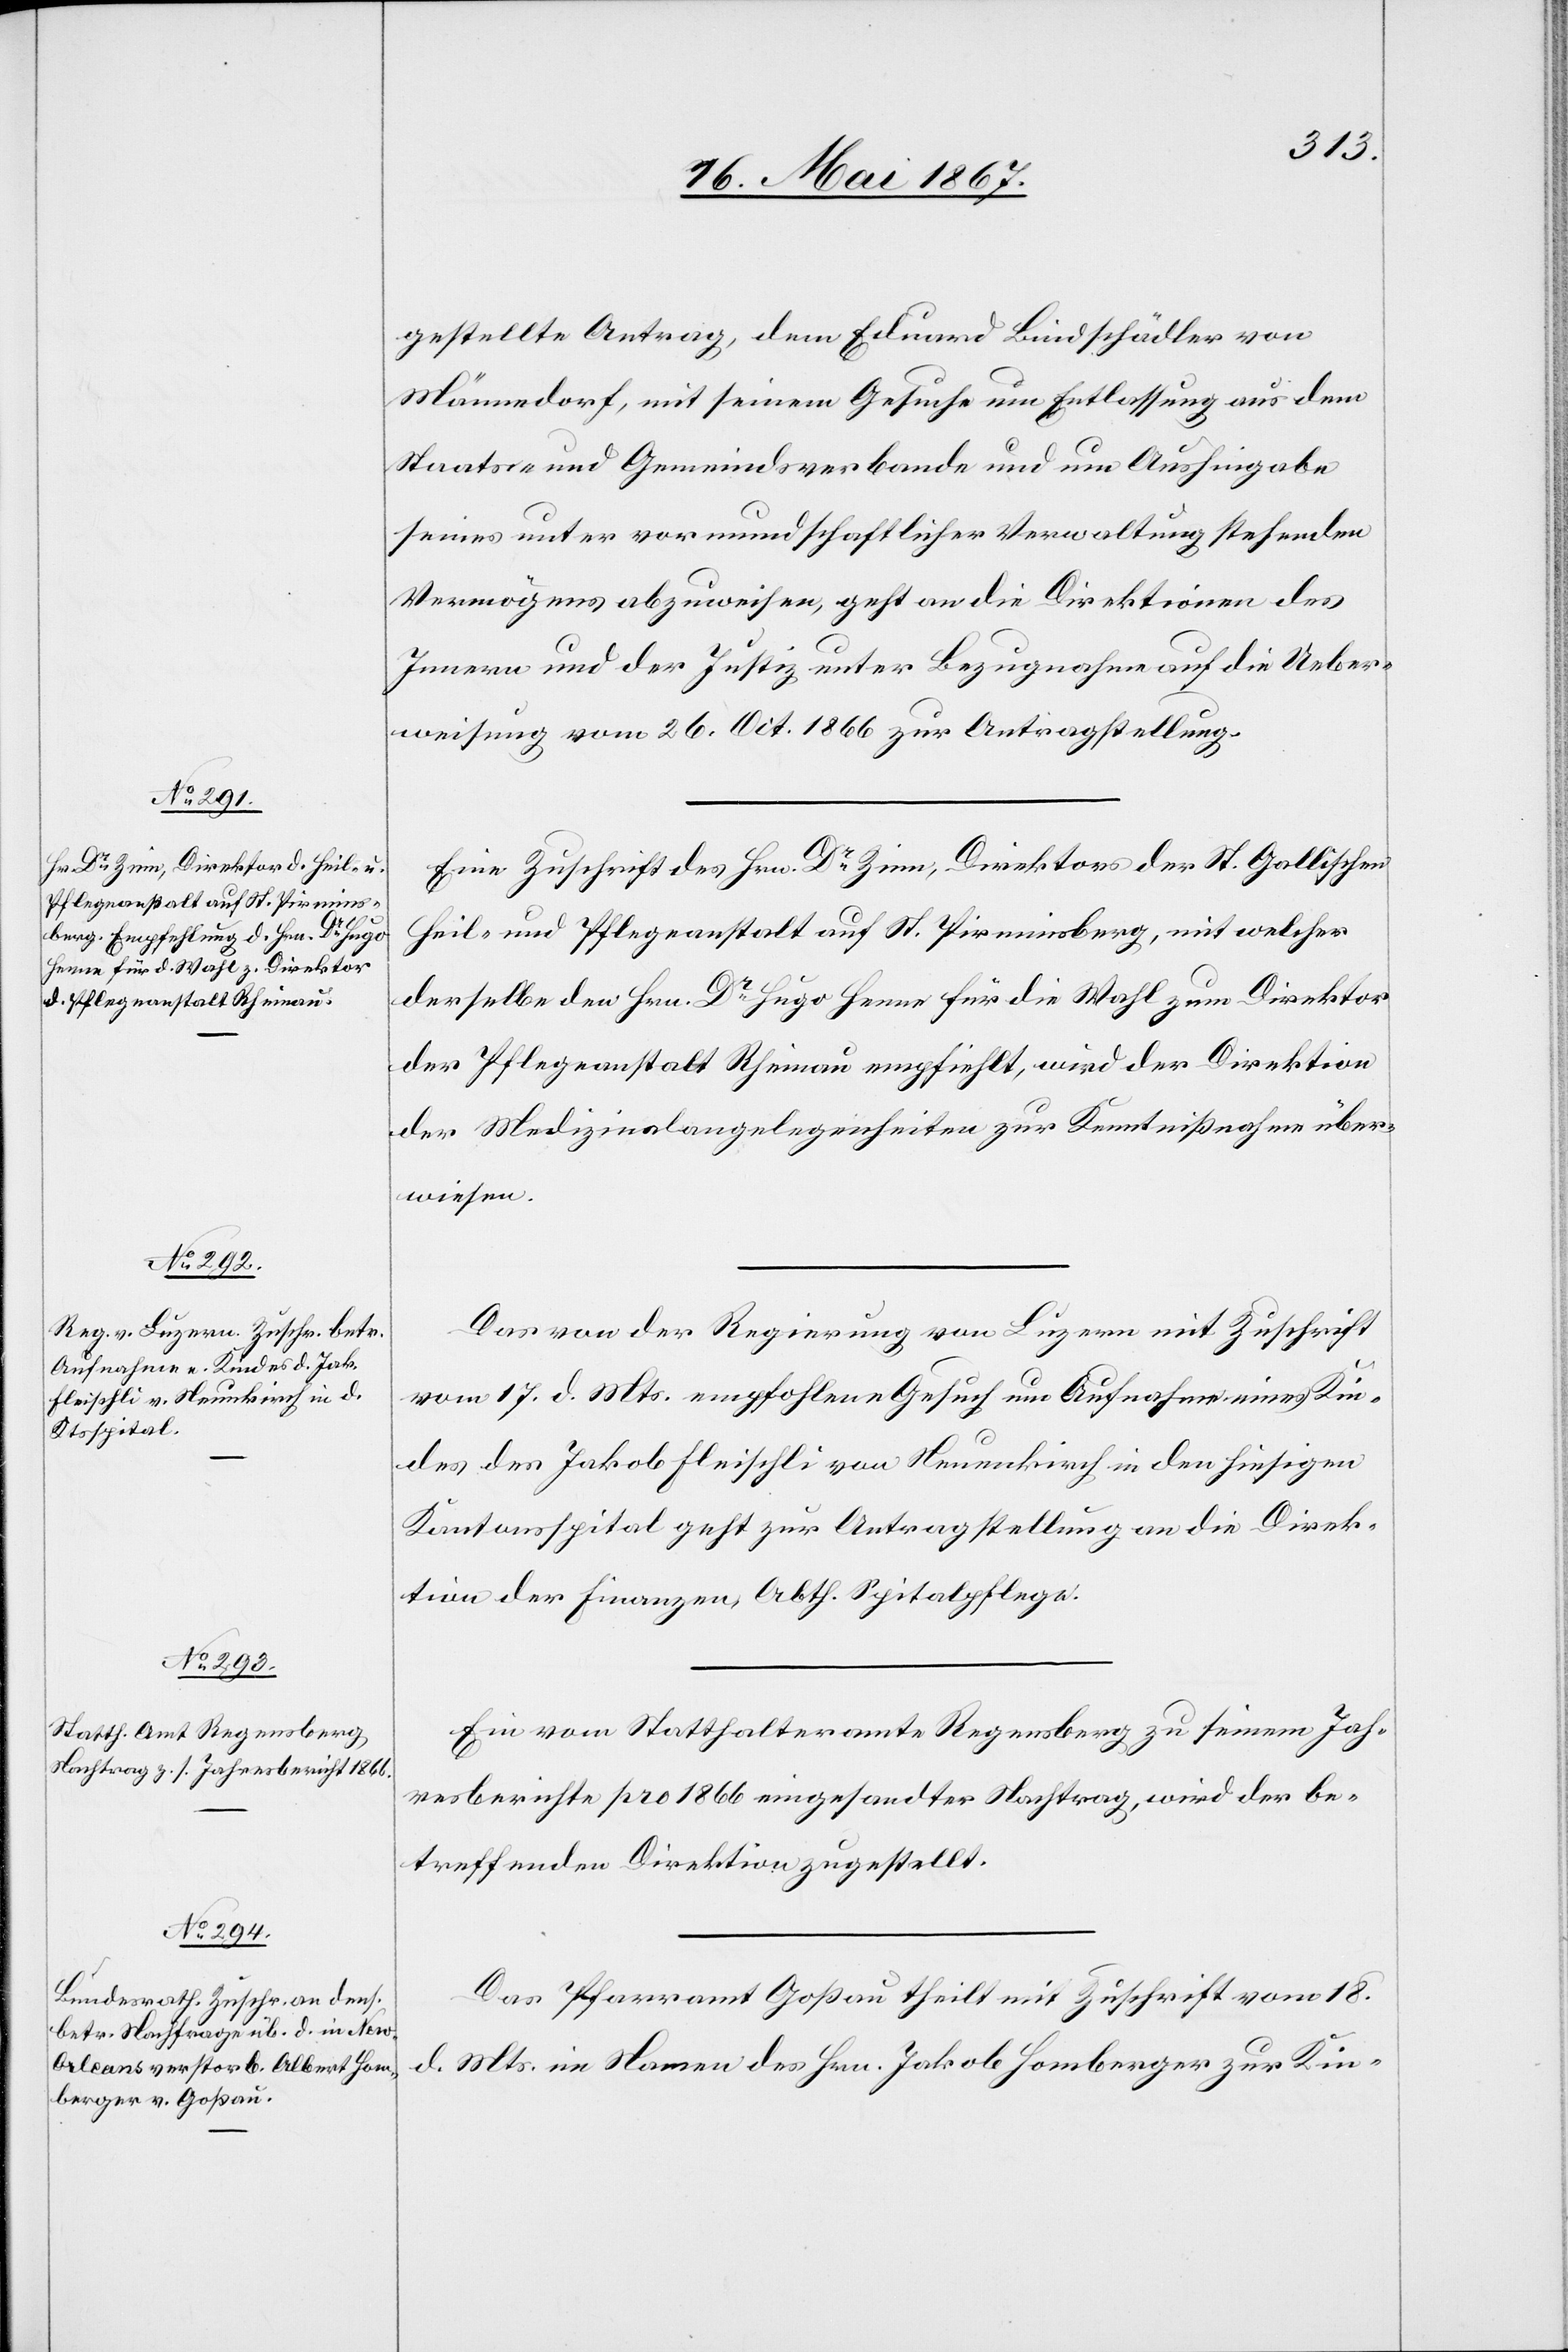
20. Mai 1867.]
gestellte Antrag, dem Eduard Bindschädler von
Männedorf mit seinem Gesuche um Entlassung aus dem
Staats- und Gemeindsverbande und um Aushingabe
seines unter vormundschaftlicher Verwaltung stehenden
Vermögens abzuweisen, geht an die Direktionen des
Innern und der Justiz unter Bezugnahme auf die Ueber¬
weisung vom 26. Oct. 1866 zur Antragstellung.
Eine Zuschrift des Hrn. Dr. Zinn, Direktors der St. Gallischen
Heil- und Pflegeanstalt auf St. Pirminsberg, mit welcher
derselbe den Hrn. Dr. Hugo Henne für die Wahl zum Direktor
der Pflegeanstalt Rheinau empfiehlt, wird der Direktion
der Medizinalangelegenheiten zur Kenntnißnahme über¬
wiesen.
Das von der Regierung von Luzern mit Zuschrift
vom 17. d. Mts. empfohlene Gesuch um Aufnahme eines Kin¬
des des Jakob Fleischli von Neuenkirch in den hiesigen
Kantonsspital geht zur Antragstellung an die Direk¬
tion der Finanzen, Abth. Spitalpflege.
Ein vom Statthalteramt Regensberg zu seinem Jah¬
resberichte pro 1866 eingesandter Nachtrag, wird der be¬
treffenden Direktion zugestellt.
Das Pfarramt Goßau theilt mit Zuschrift vom 18.
d. Mts. im Namen des Hrn. Jakob Homberger zur Kin-